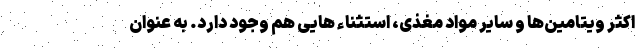
اکثر ویتامین‌ها و سایر مواد مغذی، استثناء هایی هم وجود دارد. به عنوان